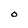
Character: O